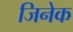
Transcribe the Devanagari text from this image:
जिनेक